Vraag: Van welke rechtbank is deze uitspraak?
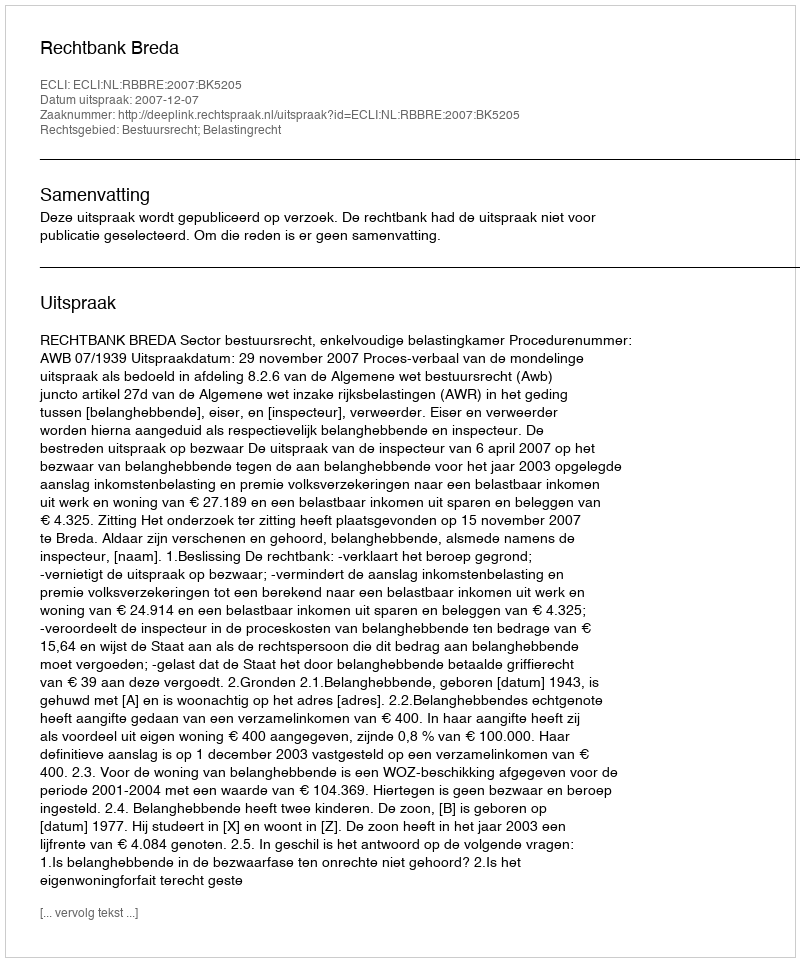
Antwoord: Rechtbank Breda